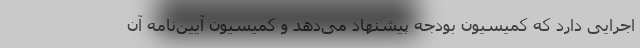
اجرایی دارد که کمیسیون بودجه پیشنهاد می‌دهد و کمیسیون آیین‌نامه آن